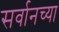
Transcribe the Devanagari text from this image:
सर्वानच्या